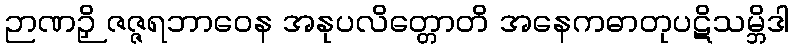
ဉာဏဉှိ ဇဇ္ဇရဘာဝေန အနုပလိတ္တောတိ အနေကဓာတုပဋိသမ္ဘိဒါ